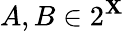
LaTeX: A,B\in 2^{\mathbf{X}}